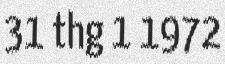
31 thg 1 1972